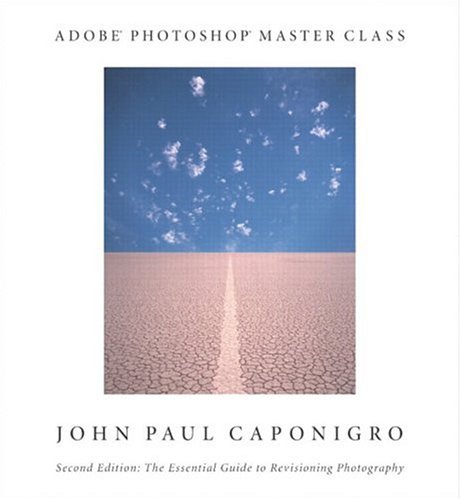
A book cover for Adobe Photoshop Master Class: John Paul Caponigro (2nd Edition); John Paul Caponigro; Computers & Technology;